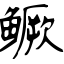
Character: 鳜